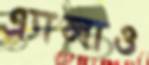
এ্যালাও